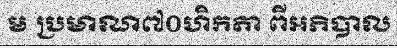
ម ប្រមាណ៧០ហិកតា ពីអភិបាល